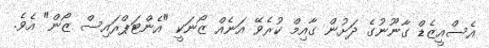
އެސްއީޒެޑް ގާނޫނުގެ ދަށުން ގާއިމް ކުރެވޭ އަނެއް ޒޯނަކީ "އެންޓަޕްރައިސް ޒޯން" އެވެ.